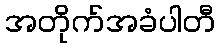
အတိုက်အခံပါတီ